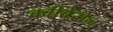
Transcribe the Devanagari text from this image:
क्वीबेरोन